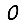
Digit: 0